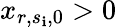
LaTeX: x_{r,s_{\mathbf{i}},0}>0